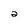
Character: 2